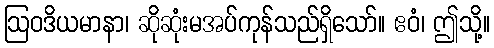
ဩဝဒိယမာနာ၊ ဆိုဆုံးမအပ်ကုန်သည်ရှိသော်။ ဧဝံ၊ ဤသို့။